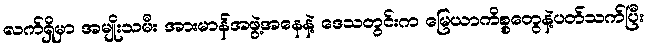
လက်ရှိမှာ အမျိုးသမီး အားမာန်အဖွဲ့အနေနဲ့ ဒေသတွင်းက မြေယာကိစ္စတွေနဲ့ပတ်သက်ပြီး